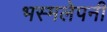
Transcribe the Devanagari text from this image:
भस्मलेपनी